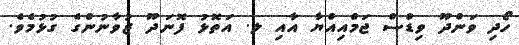
ހޯދި ވަންދޫ ވިޑްސް ޖަމްއިއްޔާ އާއި ލ. އަތޮޅު ފޮނަދޫ ޒުވާނުންގެ ގުޅުމެވެ.